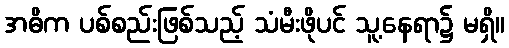
အဓိက ပစ်စည်းဖြစ်သည့် သံမီးဖိုပင် သူ့နေရာ၌ မရှိ။